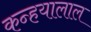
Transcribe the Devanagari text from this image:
कन्हयालाल